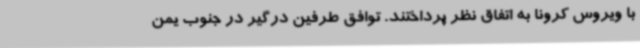
با ویروس کرونا به اتفاق نظر پرداختند. توافق طرفین درگیر در جنوب یمن